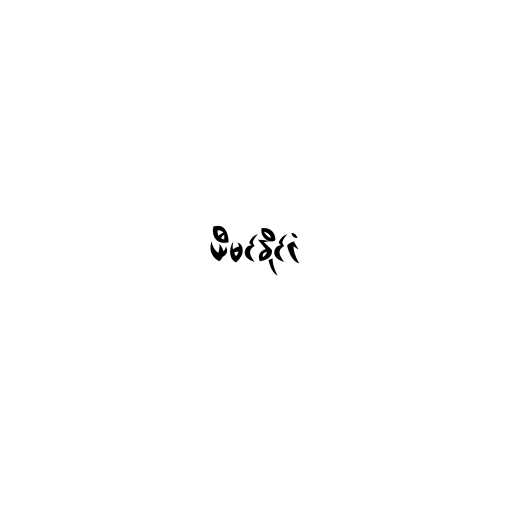
ယီမင်နိုင်ငံ